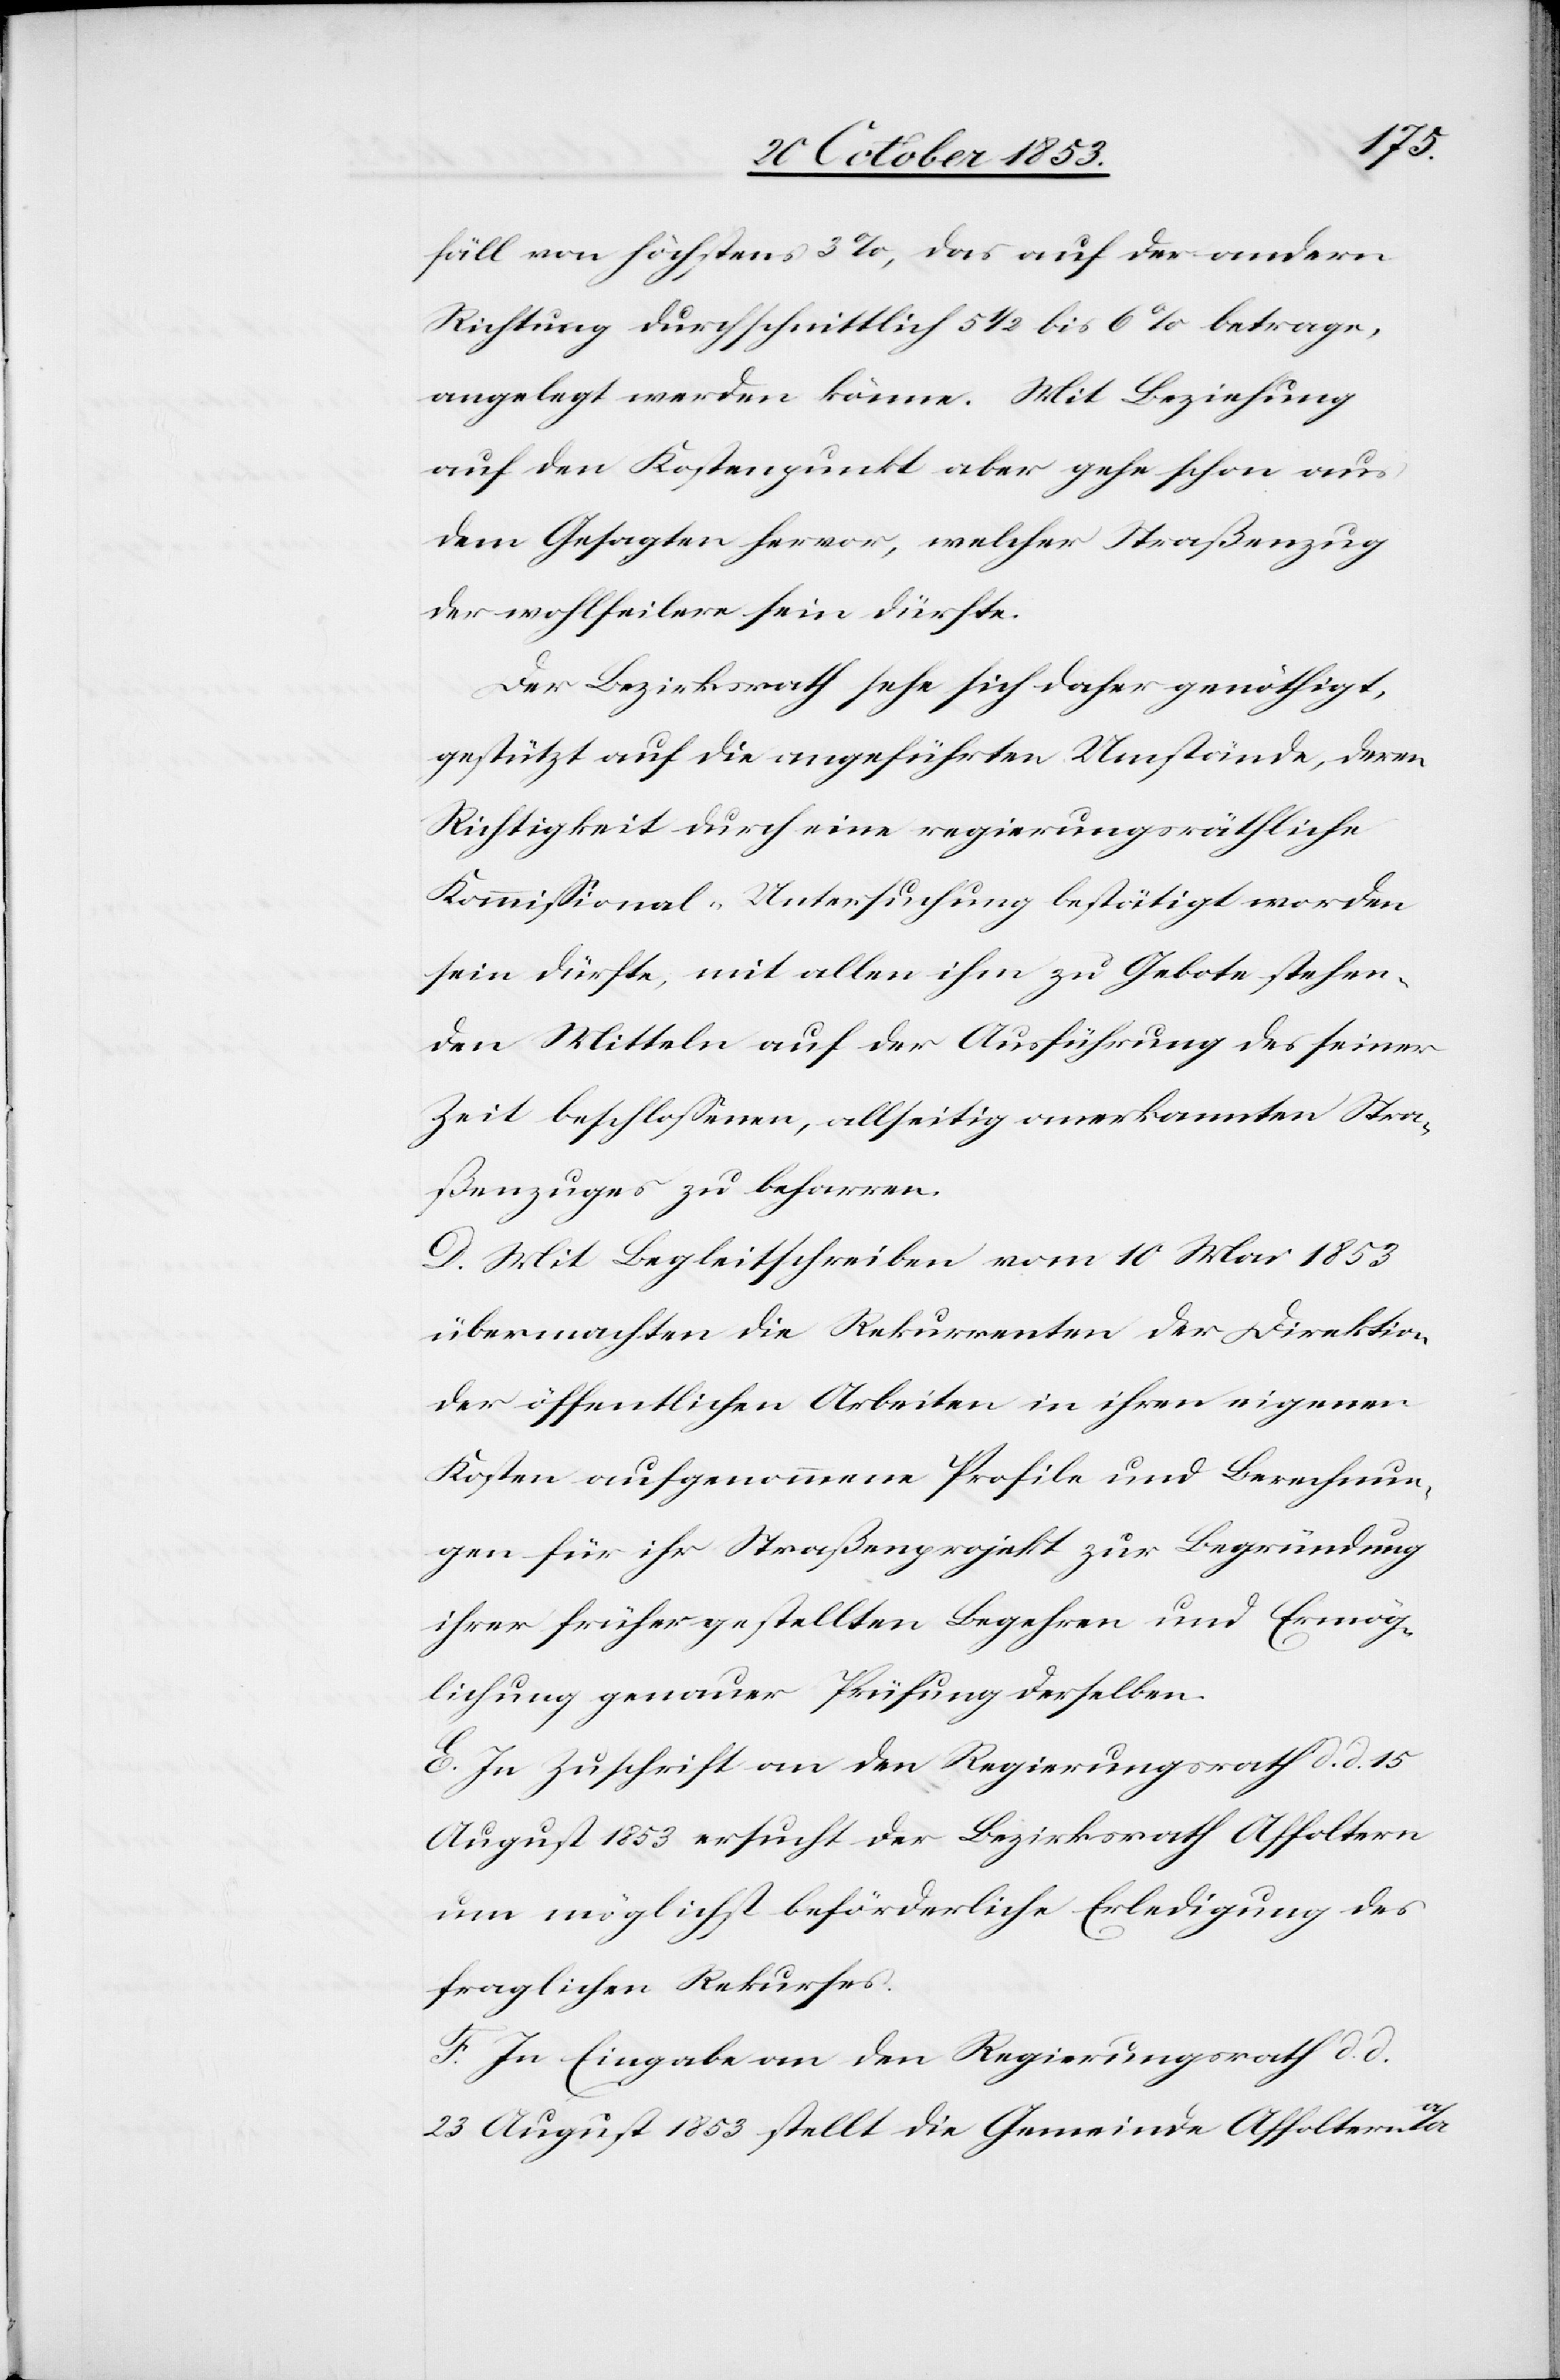
fäll von höchstens 3%, das auf der andern
Richtung durchschnittlich 5 1/2 bis 6% betrage,
angelegt werden könne. Mit Beziehung
auf den Kostenpunkt aber gehe schon aus
dem Gesagten hervor, welcher Straßenzug
der wohlfeilere sein dürfte.
Der Bezirksrath sehe sich daher genöthigt,
gestützt auf die angeführten Umstände, deren
Richtigkeit durch eine regierungsräthliche
Kommißional-Untersuchung bestätigt worden
sein dürfte, mit allen ihm zu Gebote stehen¬
den Mitteln auf der Ausführung des seiner
Zeit beschloßenen, allseitig anerkannten Stra¬
ßenzuges zu beharren.
D. Mit Begleitschreiben vom 10 Mai 1853
übermachten die Rekurrenten der Direktion
der öffentlichen Arbeiten in ihren eigenen
Kosten aufgenommene Profile und Berechnun¬
gen für ihr Straßenprojekt zur Begründung
ihrer früher gestellten Begehren und Ermög¬
lichung genauer Prüfung derselben.
E. In Zuschrift an den Regierungsrath d. d. 15
August 1853 ersucht der Bezirksrath Affoltern
um möglichst beförderliche Erledigung des
fraglichen Rekurses.
F. In Eingabe an den Regierungsrath d. d.
23 August 1853 stellt die Gemeinde Affoltern a/A.